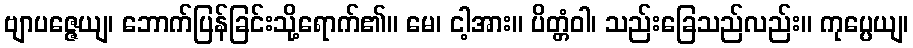
ဗျာပဇ္ဇေယျ၊ ဘောက်ပြန်ခြင်းသို့ရောက်၏။ မေ၊ ငါ့အား။ ပိတ္တံဝါ၊ သည်းခြေသည်လည်း။ ကုပ္ပေယျ၊